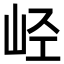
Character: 𫵸